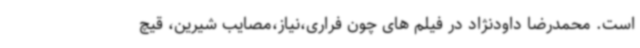
است. محمدرضا داودنژاد در فیلم های چون فراری،نیاز،مصایب شیرین، قیچ